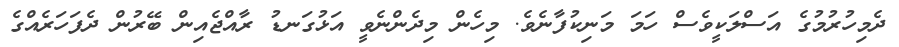
ދެމިހުރުމުގެ އަސްލަކީވެސް ހަމަ މަނިކުފާނެވެ. މިހެން މިދެންނެވީ އަޅުގަނޑު ރާއްޖެއިން ބޭރުން ދެފަހަރެއްގެ